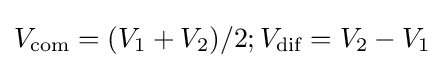
V_{\text{com}}=(V_{1}+V_{2})/2;V_{\text{dif}}=V_{2}-V_{1}